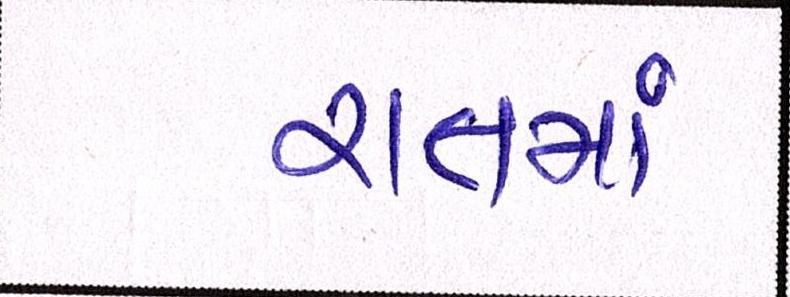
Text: રાતમાં